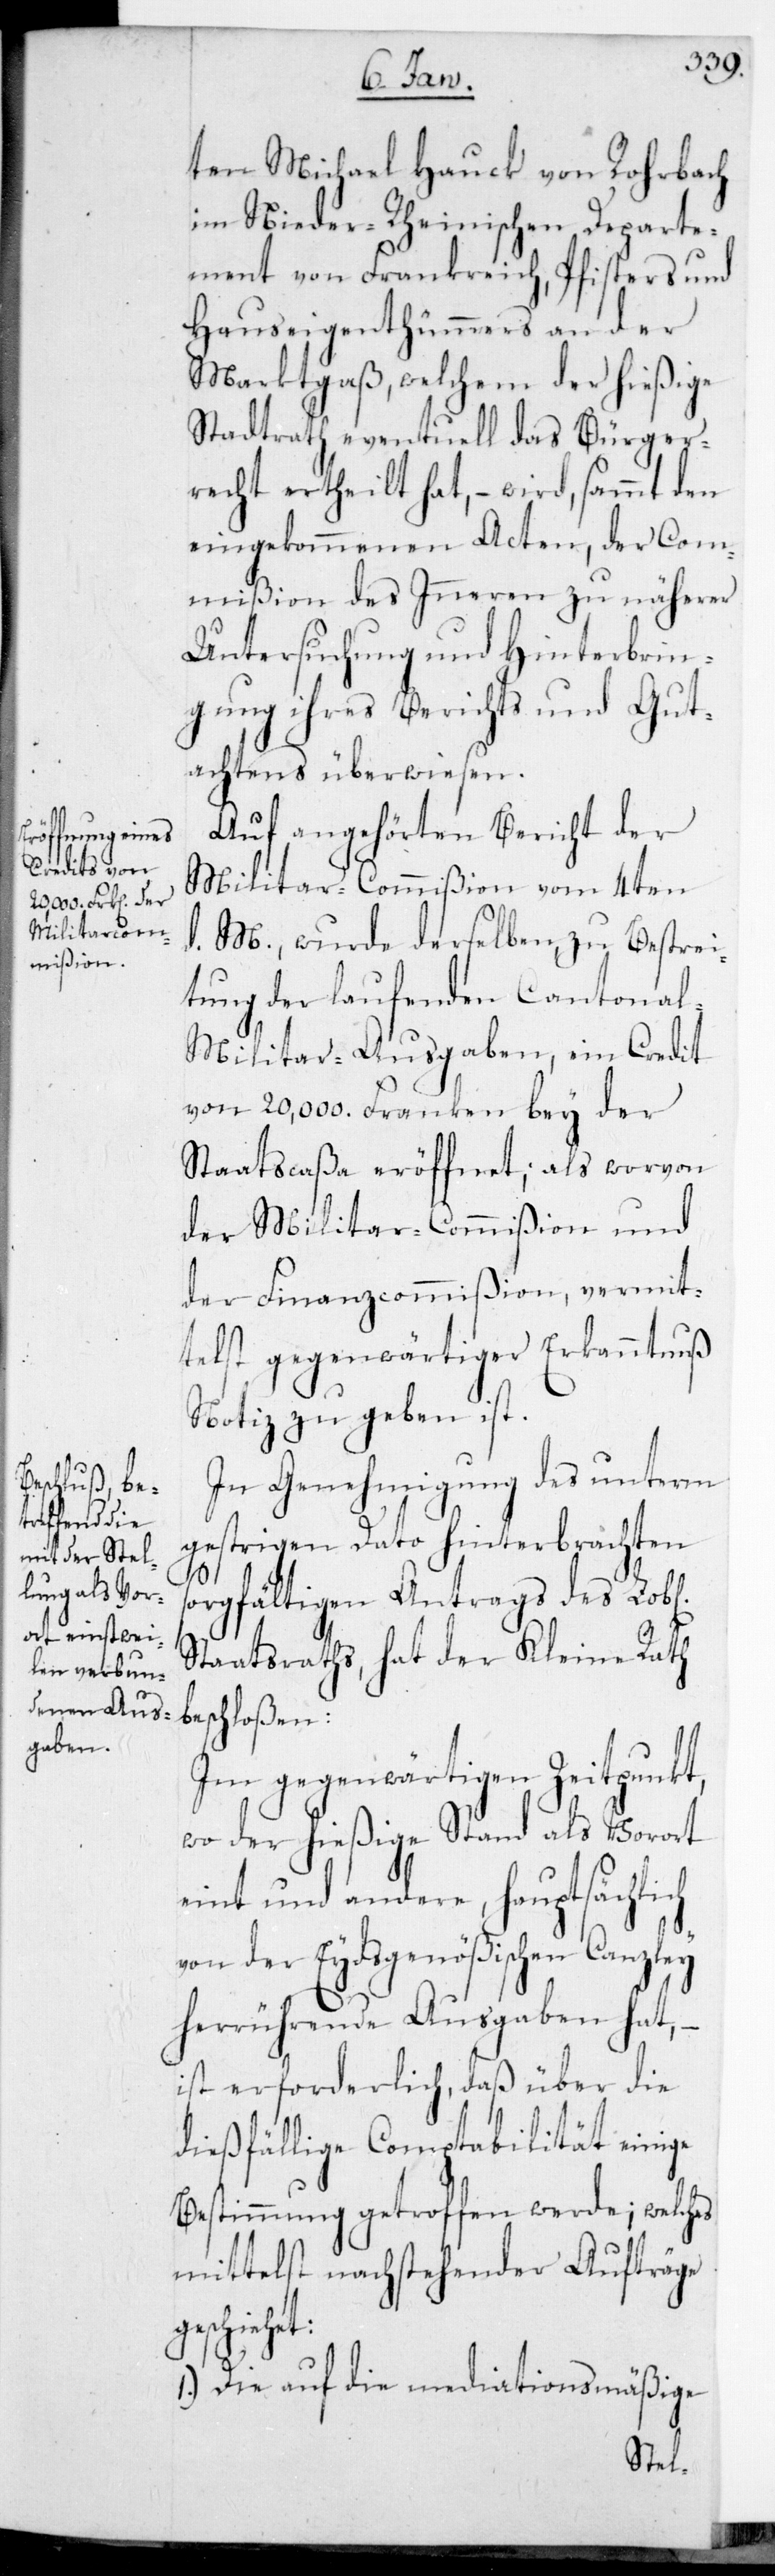
ten Michael Hauck von Rohrbach
im niederrheinischen Departe¬
ment von Frankreich, Pfisters und
Hauseigenthümers an der
Marktgaß, welchem der hießige
Stadtrath eventuell das Bürger¬
recht ertheilt hat, – wird sammt den
eingekommenen Acten, der Com¬
mißion des Inneren zu näherer
Untersuchung und Hinterbrin¬
gung ihres Berichts und Gut¬
achtens überwiesen.
Auf angehörten Bericht der
Militar-Commißion vom 4ten
d.M. wurde derselben zu Bestrei¬
tung der laufenden Cantona¬
l-Militar-Ausgaben, ein Credit
von 20'000 Franken bey der
Staatscaßa eröffnet; als worvon
der Militar-Commißion und
der Finanzcommißion, vermit¬
telst gegenwärtiger Erkanntnuß
Notiz zu geben ist.
In Genehmigung des unterm
gestrigen Dato hinterbrachten
sorgfältigen Antrags des L.
Staatsraths, hat der Kleine Rath
beschloßen:
Im gegenwärtigen Zeitpunkt,
wo der hießige Stand als Vorort
eint und andere, hauptsächlich
von der Eydsgenößischen Canzley
herrührende Ausgaben hat, –
ist erforderlich, daß über die
dießfällige Comptabilität einige
Bestimmung getroffen werde; welches
mittelst nachstehender Aufträge
geschiehet:
1.) Die auf die mediationsmäßige